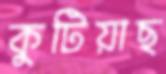
কুটিয়াছ